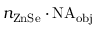
n _ { \mathrm { Z n S e } } \cdot \mathrm { N A } _ { \mathrm { o b j } }